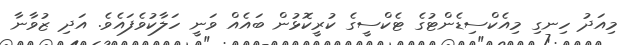
މިއަދު ހިނގި މިއެކްސިޑެންޓުގެ ޓެކްސީގެ ކުރީކޮޅުން ބައެއް ވަނީ ހަލާކުވެފައެވެ. އަދި ޒުވާނާ